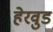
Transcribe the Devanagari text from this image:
हेरवुड